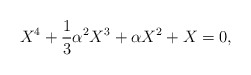
\begin{align*}X^4+\frac{1}{3}\alpha^2X^3+\alpha X^2 + X=0,\end{align*}